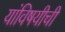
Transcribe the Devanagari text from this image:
यांविषयीची